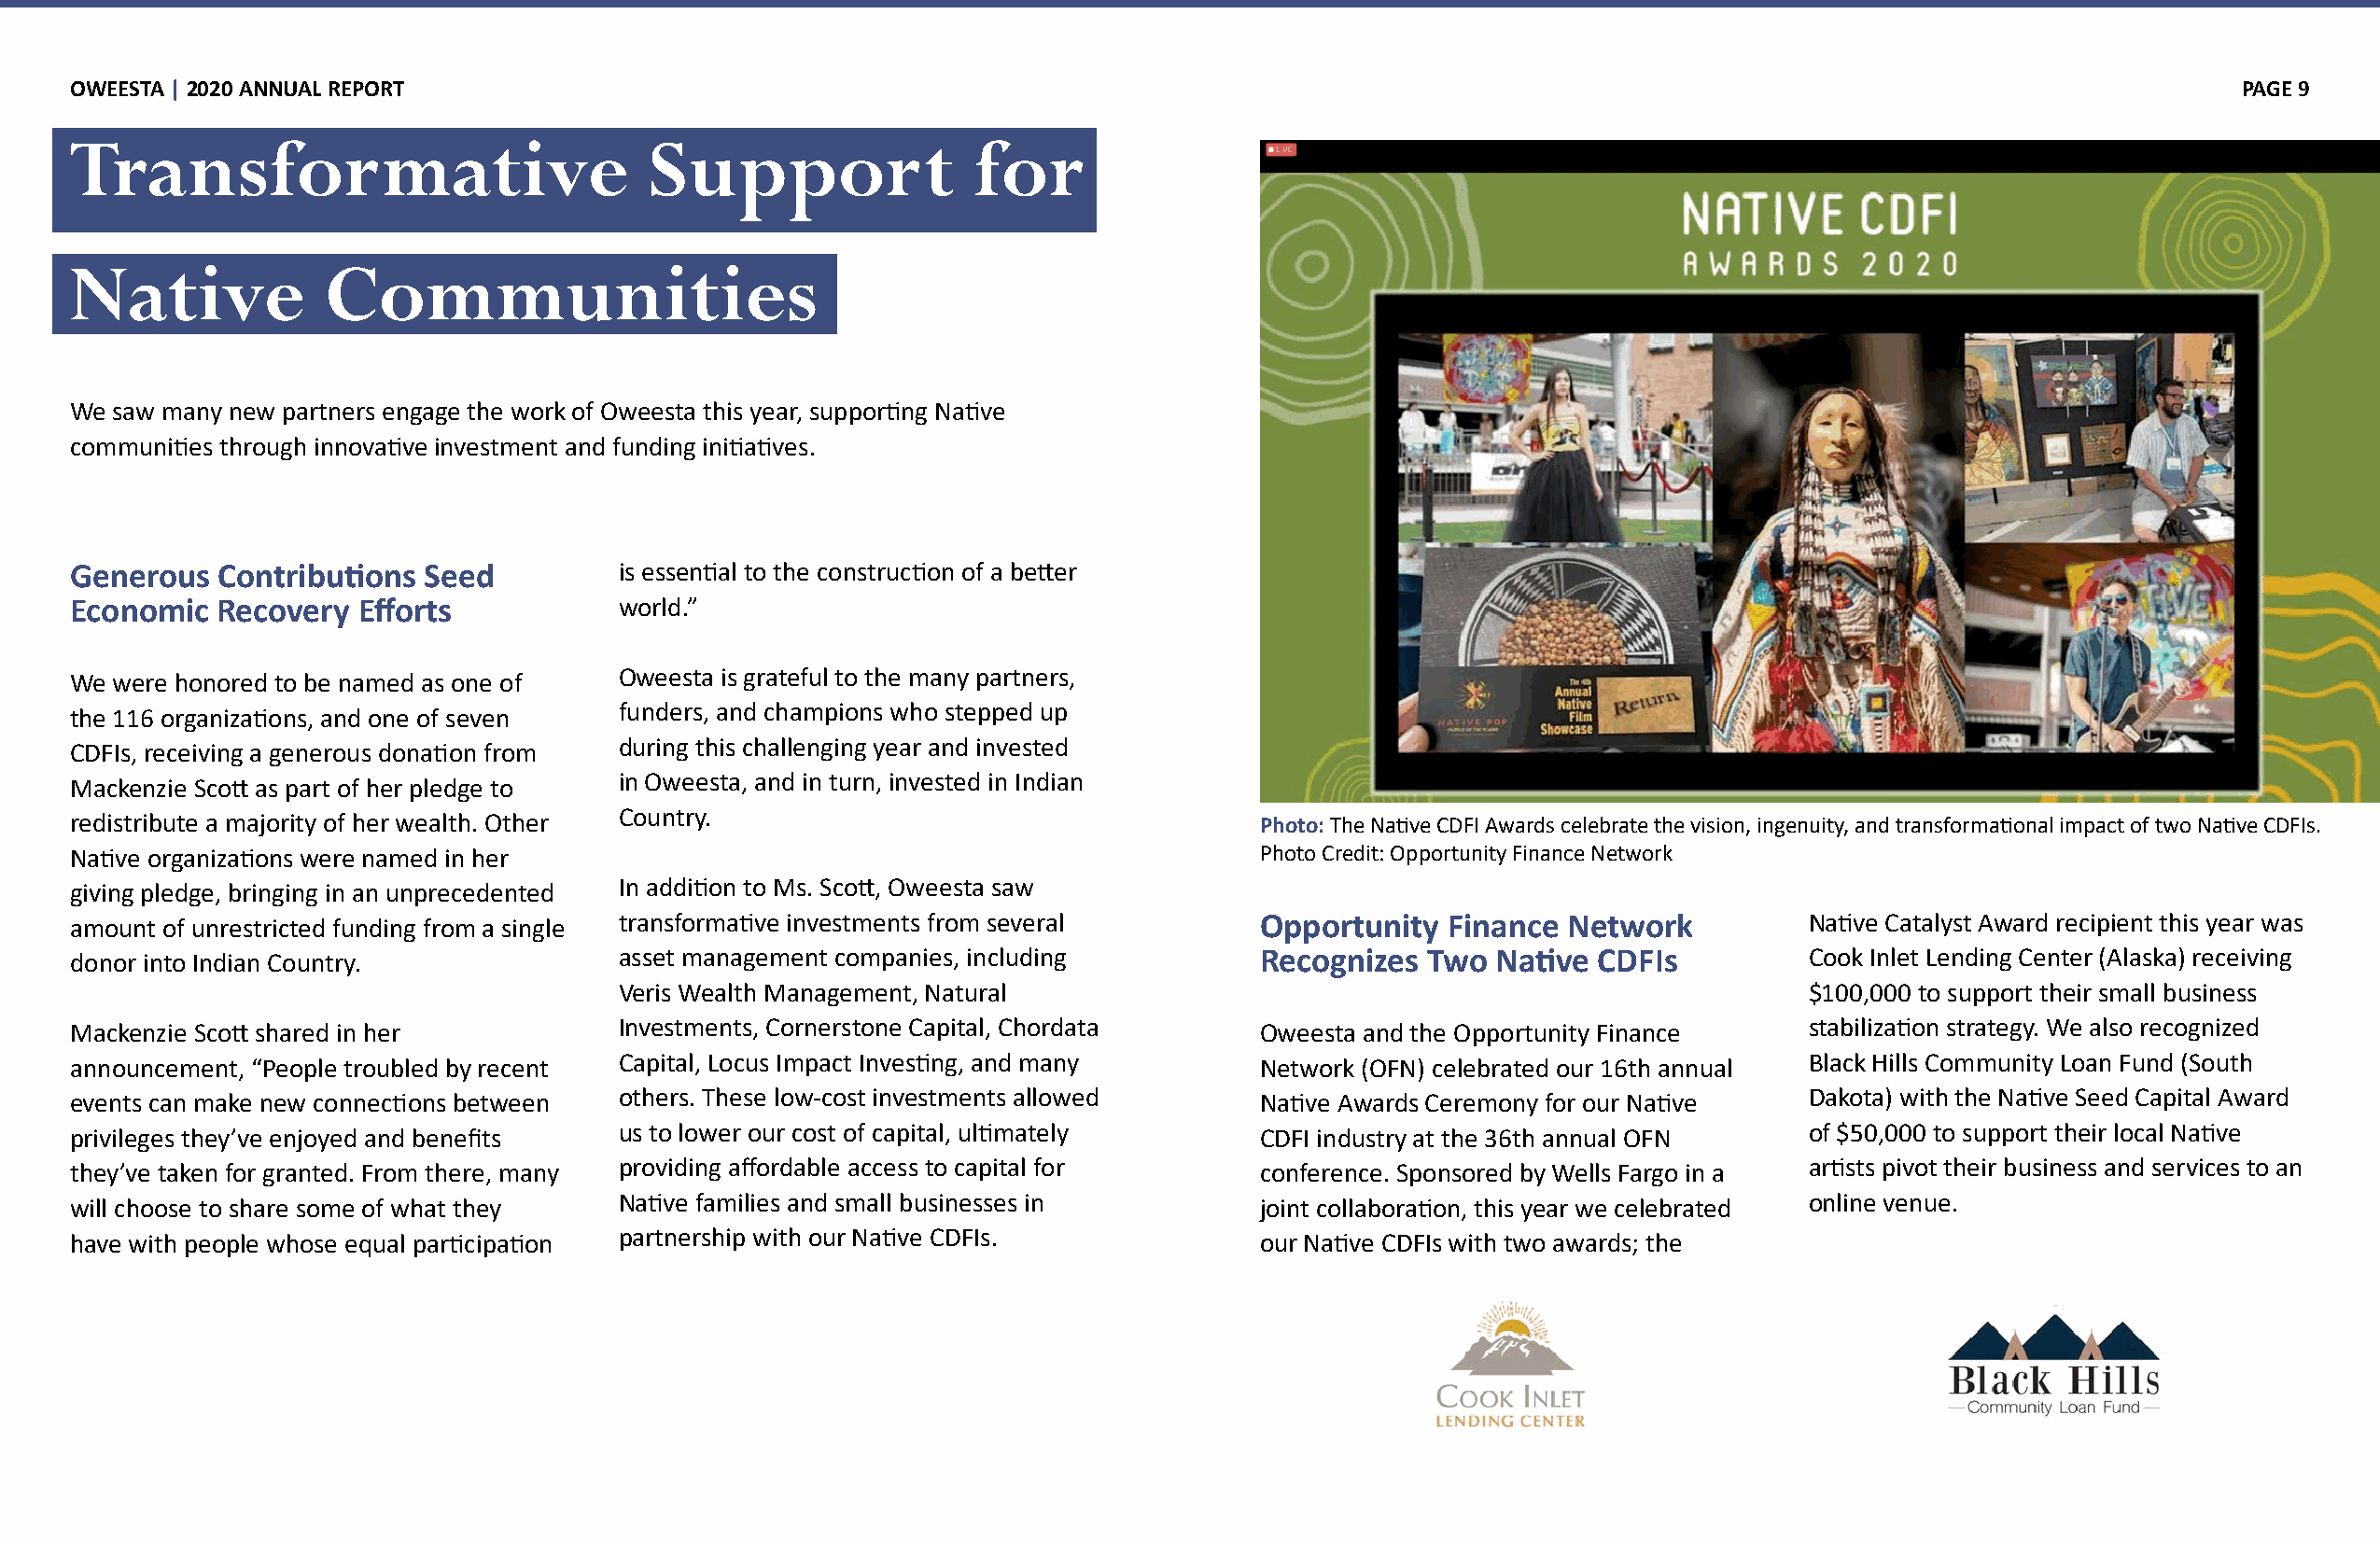
OWEESTA | 2020 ANNUAL REPORT                                                                                                                              PAGE 9
 Transformative                           Support                for
 Native            Communities
 We saw many new partners engage the work of Oweesta this year, supporting Native
 communities through innovative investment and funding initiatives.
 Generous  Contributions  Seed          is essential to the construction of a better
 Economic  Recovery  Efforts            world.”
 We were honored to be named as one of  Oweesta is grateful to the many partners,
 the 116 organizations, and one of seven funders, and champions who stepped up
 CDFIs, receiving a generous donation from during this challenging year and invested
 Mackenzie Scott as part of her pledge to in Oweesta, and in turn, invested in Indian
 redistribute a majority of her wealth. Other Country.                               Photo: The Native CDFI Awards celebrate the vision, ingenuity, and transformational impact of two Native CDFIs.
 Native organizations were named in her                                              Photo Credit: Opportunity Finance Network
 giving pledge, bringing in an unprecedented In addition to Ms. Scott, Oweesta saw
 amount of unrestricted funding from a single transformative investments from several Opportunity  Finance Network          Native Catalyst Award recipient this year was
 donor into Indian Country.             asset management companies, including        Recognizes  Two  Native CDFIs          Cook Inlet Lending Center (Alaska) receiving
 Veris Wealth Management, Natural                                                    $100,000 to support their small business
 Mackenzie Scott shared in her          Investments, Cornerstone Capital, Chordata   Oweesta and the Opportunity Finance    stabilization strategy. We also recognized
 announcement, “People troubled by recent Capital, Locus Impact Investing, and many  Network (OFN) celebrated our 16th annual Black Hills Community Loan Fund (South
 events can make new connections between others. These low-cost investments allowed  Native Awards Ceremony for our Native  Dakota) with the Native Seed Capital Award
 privileges they’ve enjoyed and benefits us to lower our cost of capital, ultimately CDFI industry at the 36th annual OFN   of $50,000 to support their local Native
 they’ve taken for granted. From there, many providing affordable access to capital for conference. Sponsored by Wells Fargo in a artists pivot their business and services to an
 will choose to share some of what they Native families and small businesses in      joint collaboration, this year we celebrated online venue.
 have with people whose equal participation partnership with our Native CDFIs.       our Native CDFIs with two awards; the